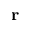
\bf { r }